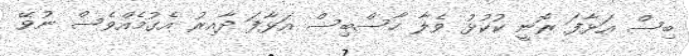
ބިސް އަޅާފަ ރޮނީ ކުކުޅު ވެލާ ހާސްބިސް އަޅާފަ ދާއިރު އެގުމެއްވެސް ނުވޭ